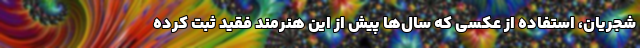
شجریان، استفاده از عکسی که سال‌ها پیش از این هنرمند فقید ثبت کرده